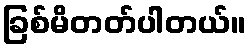
ခြစ်မိတတ်ပါတယ်။